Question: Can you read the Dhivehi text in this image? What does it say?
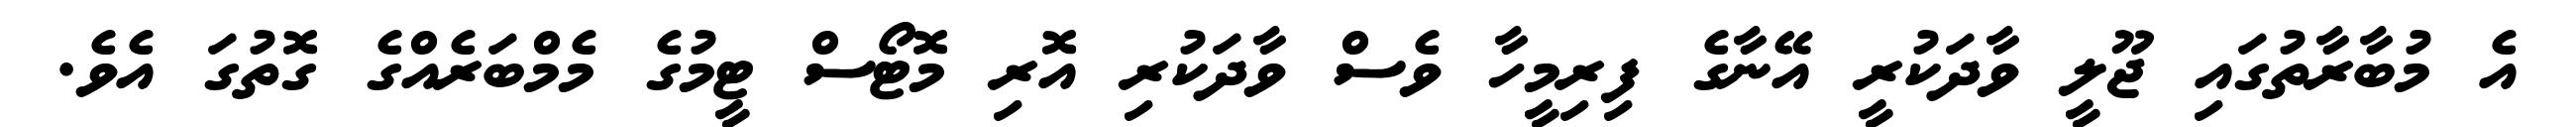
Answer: އެ މުބާރާތުގައި ޖޫލީ ވާދަކުރީ އޭނާގެ ފިރިމީހާ ވެސް ވާދަކުރި އޮރި މޮޓޯސް ޓީމުގެ މެމްބަރެއްގެ ގޮތުގަ އެވެ.